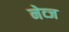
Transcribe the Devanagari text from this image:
नेव्ज